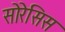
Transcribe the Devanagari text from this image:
सोरेसिस